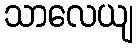
သာလေယျ